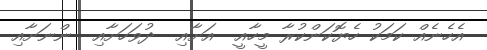
އެހެނެއް ކަމަކު ހެޔޮކަންކުރާ މީހާއީ  އަށާއި  ދުވަހަށާއި  ންނަށާއި